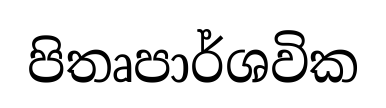
පිතෘපාර්ශවික